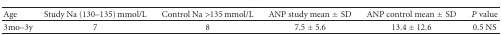
<table><thead><tr><td><b>Age</b></td><td><b>Study Na (130–135) mmol/L</b></td><td><b>Control Na &gt;135 mmol/L</b></td><td><b>ANP study mean ± SD</b></td><td><b>ANP control mean ± SD</b></td><td><b><i>P</i> value</b></td></tr></thead><tbody><tr><td>3mo–3y</td><td>7</td><td>8</td><td>7.5 ± 5.6</td><td>13.4 ± 12.6</td><td>0.5 NS</td></tr></tbody></table>